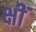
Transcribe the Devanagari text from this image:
क्षीं